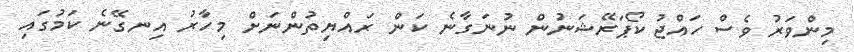
މިންވަރު ވެސް ހައްޖު ކޯޕަރޭޝަނުން ނުނަގާނެ ކަން ރައްޔިތުންނަށް މިހާރު އިނގޭނެ ކަމުގައި